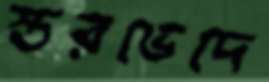
স্তরভেদে